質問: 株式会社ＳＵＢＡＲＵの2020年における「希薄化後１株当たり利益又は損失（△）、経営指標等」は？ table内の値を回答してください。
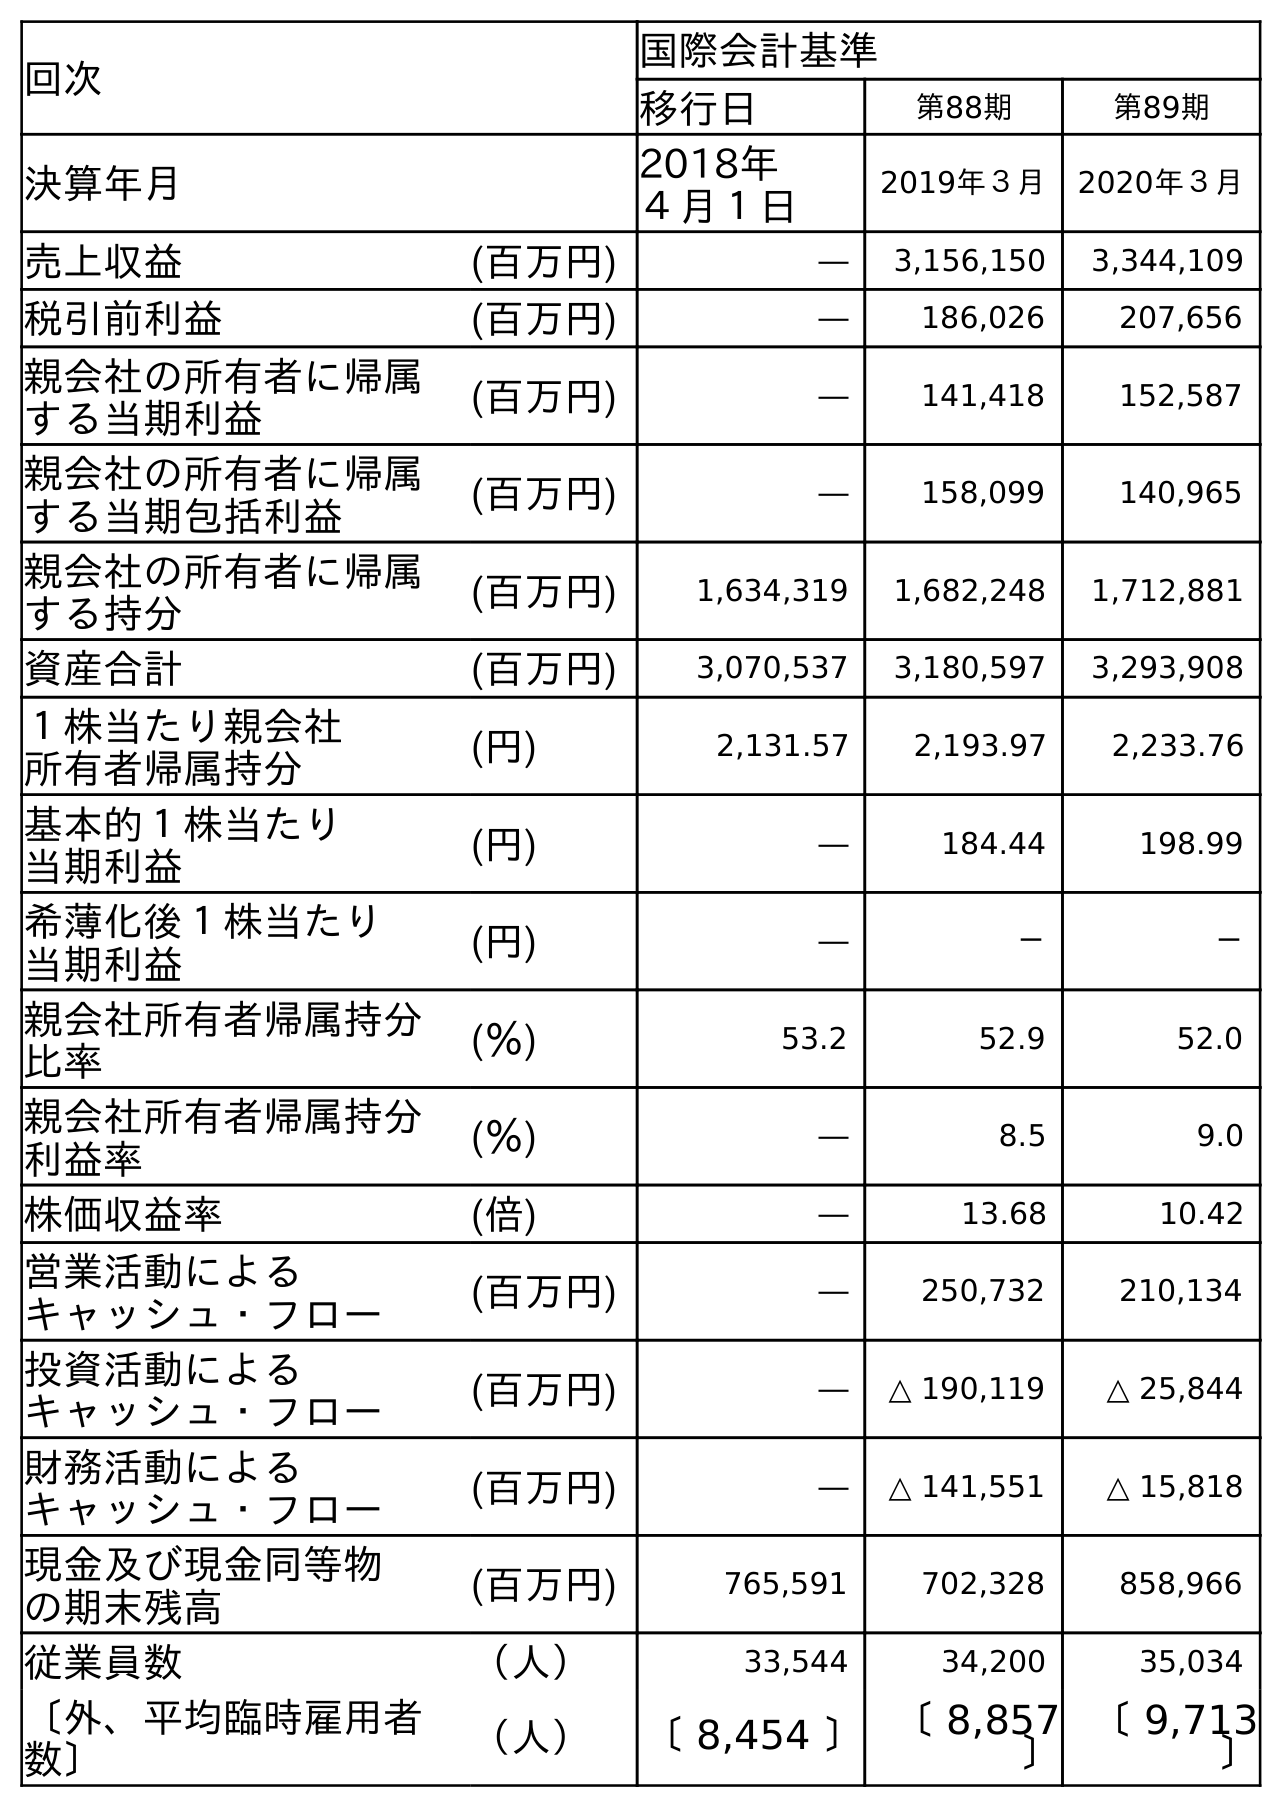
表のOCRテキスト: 回次 国際会計基準 移行日 第88期 第89期 決算年月 2018年 ４月１日 2019年３月 2020年３月 売上収益 (百万円) ― 3,156,150 3,344,109 税引前利益 (百万円) ― 186,026 207,656 親会社の所有者に帰属 する当期利益 (百万円) ― 141,418 152,587 親会社の所有者に帰属 する当期包括利益 (百万円) ― 158,099 140,965 親会社の所有者に帰属 する持分 (百万円) 1,634,319 1,682,248 1,712,881 資産合計 (百万円) 3,070,537 3,180,597 3,293,908 １株当たり親会社 所有者帰属持分 (円) 2,131.57 2,193.97 2,233.76 基本的１株当たり 当期利益 (円) ― 184.44 198.99 希薄化後１株当たり 当期利益 (円) ― － － 親会社所有者帰属持分 比率 (％) 53.2 52.9 52.0 親会社所有者帰属持分 利益率 (％) ― 8.5 9.0 株価収益率 (倍) ― 13.68 10.42 営業活動による キャッシュ・フロー (百万円) ― 250,732 210,134 投資活動による キャッシュ・フロー (百万円) ― △ 190,119 △ 25,844 財務活動による キャッシュ・フロー (百万円) ― △ 141,551 △ 15,818 現金及び現金同等物 の期末残高 (百万円) 765,591 702,328 858,966 従業員数 （人） 33,544 34,200 35,034 〔外、平均臨時雇用者 数〕 （人） 〔 8,454 〕〔 8,857 〕 〔 9,713 〕
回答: －